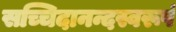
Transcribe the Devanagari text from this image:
सच्चिदानन्दस्वरूपं